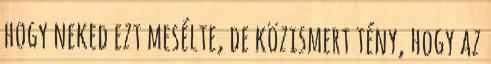
hogy neked ezt mesélte, de közismert tény, hogy az